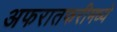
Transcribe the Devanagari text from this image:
अफरातफरीमध्ये